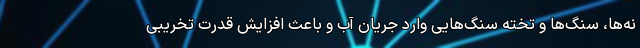
نه‌ها، سنگ‌ها و تخته‌ سنگ‌هایی وارد جریان آب و باعث افزایش قدرت تخریبی